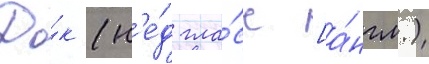
До́к (н'е́д гла́сс [а́нгл.)